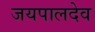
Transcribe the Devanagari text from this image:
जयपालदेव